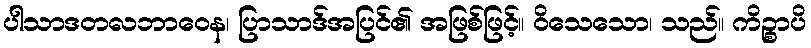
ပါသာဒတလဘာဝေန၊ ပြာသာဒ်အပြင်၏ အဖြစ်ဖြင့်။ ဝိသေသော၊ သည်။ ကိဉ္စာပိ